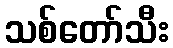
သစ်တော်သီး